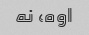
اوه، نه